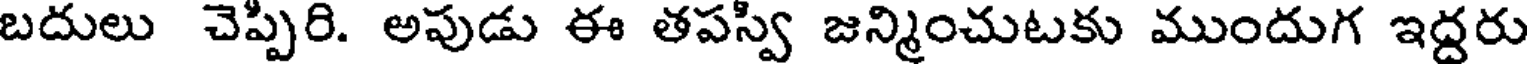
బదులు చెప్పిరి. అపుడు ఈ తపస్వి జన్మించుటకు ముందుగ ఇద్దరు